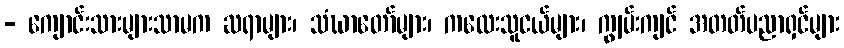
- ကျောင်းသားများသာမက ဆရာများ၊ သံဃာတော်များ၊ ကလေးသူငယ်များ၊ ကျွမ်းကျင် အတတ်ပညာရှင်များ